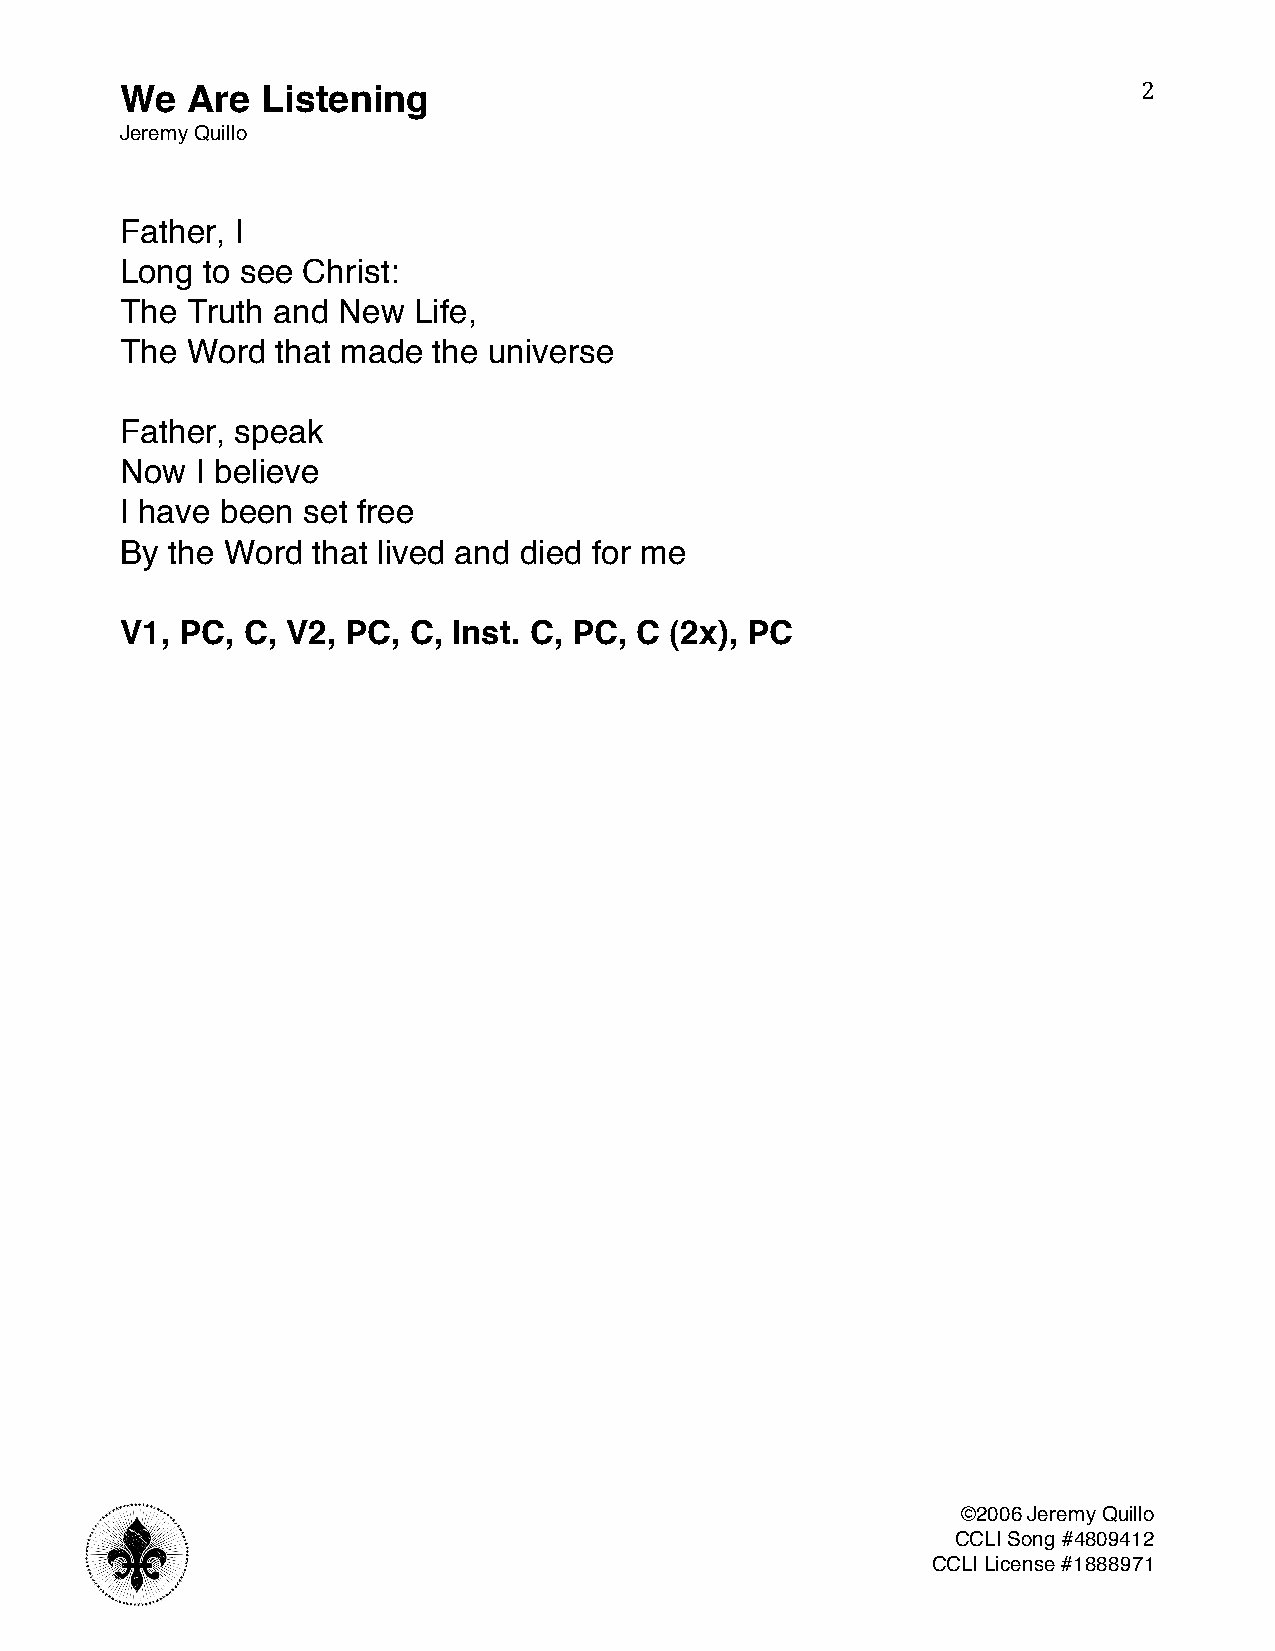
We  Are  Listening                                                  2
 Jeremy Quillo
 Father, I
 Long to see Christ:
 The Truth and New  Life,
 The Word  that made  the universe
 Father, speak
 Now  I believe
 I have been set free
 By the Word  that lived and died for me
 V1, PC, C, V2, PC, C, Inst. C, PC, C (2x), PC
 ©2006 Jeremy Quillo
 CCLI Song #4809412
 CCLI License #1888971